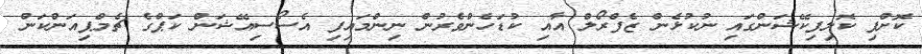
ކޮށްފި ކޮލިފިކޭޝަންގައި ނުކުޅެން ޒެފްރޯލް އާއި ކުޑަހެންވެރުން ނިންމައިފި އެސޯސިއޭޝަން ކަޕްގެ ޗެމްޕިއަންކަން